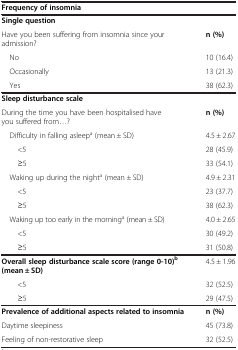
<table><thead><tr><td colspan="2"><b>Frequency of insomnia</b></td></tr></thead><tbody><tr><td colspan="2"><b>Single question</b></td></tr><tr><td>Have you been suffering from insomnia since your admission?</td><td><b>n (%)</b></td></tr><tr><td> No</td><td>10 (16.4)</td></tr><tr><td> Occasionally</td><td>13 (21.3)</td></tr><tr><td> Yes</td><td>38 (62.3)</td></tr><tr><td colspan="2"><b>Sleep disturbance scale</b></td></tr><tr><td>During the time you have been hospitalised have you suffered from...?</td><td><b>n (%)</b></td></tr><tr><td> Difficulty in falling asleep<sup>a</sup> (mean ± SD)</td><td>4.5 ± 2.67</td></tr><tr><td>&lt;5</td><td>28 (45.9)</td></tr><tr><td>≥5</td><td>33 (54.1)</td></tr><tr><td> Waking up during the night<sup>a</sup> (mean ± SD)</td><td>4.9 ± 2.31</td></tr><tr><td>&lt;5</td><td>23 (37.7)</td></tr><tr><td>≥5</td><td>38 (62.3)</td></tr><tr><td> Waking up too early in the morning<sup>a</sup> (mean ± SD)</td><td>4.0 ± 2.65</td></tr><tr><td>&lt;5</td><td>30 (49.2)</td></tr><tr><td>≥5</td><td>31 (50.8)</td></tr><tr><td><b>Overall sleep disturbance scale score (range 0-10)</b><sup><b>b </b></sup><b>(mean ± SD)</b></td><td>4.5 ± 1.96</td></tr><tr><td>&lt;5</td><td>32 (52.5)</td></tr><tr><td>≥5</td><td>29 (47.5)</td></tr><tr><td><b>Prevalence of additional aspects related to insomnia</b></td><td><b>n (%)</b></td></tr><tr><td>Daytime sleepiness</td><td>45 (73.8)</td></tr><tr><td>Feeling of non-restorative sleep</td><td>32 (52.5)</td></tr></tbody></table>